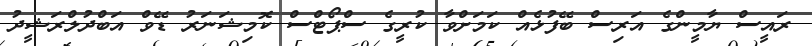
ރައީސް ޔާމީންގެ އަރިސް ބޭފުޅެއް ކަމަށްވާ ކުރީގެ ސްޕޯޓްސް ކޮމިޝަނަރު ޑޭވް އަބްދުލްރަޝީދު